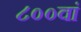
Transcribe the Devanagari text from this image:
८००वां